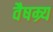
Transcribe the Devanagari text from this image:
वैषम्र्य